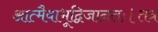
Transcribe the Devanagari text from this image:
आत्मैवाभूद्विजानतः।तत्र